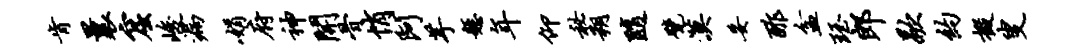
肯曩窟峻漏娟府神开骨悄阿芋悬年仰秘朔随甓漠妥酢盆珏郎歇约掇叟